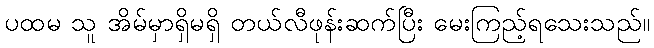
ပထမ သူ အိမ်မှာရှိမရှိ တယ်လီဖုန်းဆက်ပြီး မေးကြည့်ရသေးသည်။